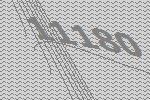
11180